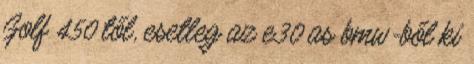
Golf 450 től, esetleg az e30 as bmw-ből ki